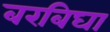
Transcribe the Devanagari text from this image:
बरबिघा